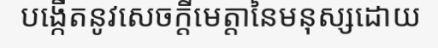
បង្កើតនូវសេចក្តីមេត្តានៃមនុស្សដោយ